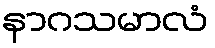
နာဂသမာလံ